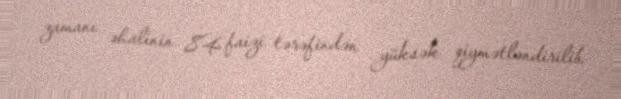
zamanı əhalinin 84 faizi tərəfindən yüksək qiymətləndirilib.